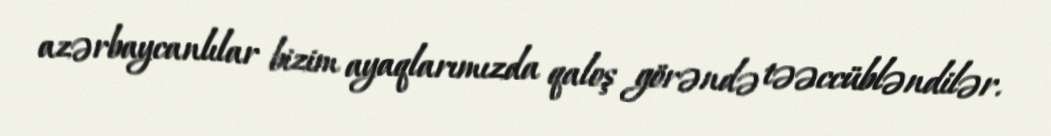
azərbaycanlılar bizim ayaqlarımızda qaloş görəndə təəccübləndilər.